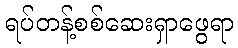
ရပ်တန့်စစ်ဆေးရှာဖွေရာ